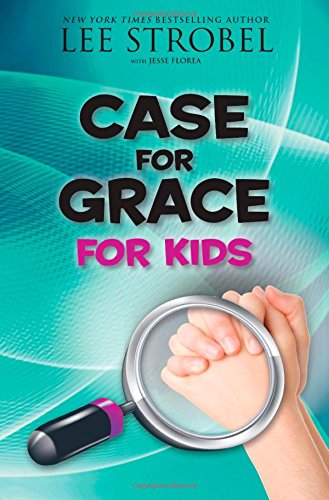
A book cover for Case for Grace for Kids; Lee Strobel; Christian Books & Bibles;